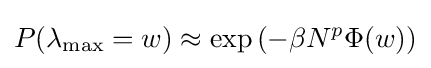
P(\lambda _{\max }=w)\approx \exp \left(-\beta N^{p}\Phi (w)\right)